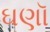
ઘણૉ